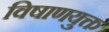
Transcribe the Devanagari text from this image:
विषाणयुक्त